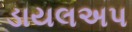
ડાયલઅપ